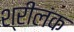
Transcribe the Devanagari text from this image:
श्रीलंक